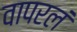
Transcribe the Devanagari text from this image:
वापरलं